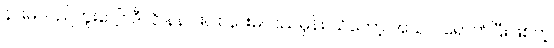
နားမလည်ဘူးပေါ့။ ဒီလို နဲနဲပါးပါး နားမလည်မှန်း သိတော့ အယင် ရောက်ပြီးဖြစ်တဲ့